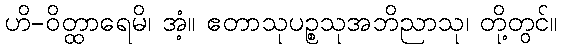
ဟိ-ဝိတ္ထာရေမိ၊ အံ့။ ဧတာသုပဉ္စသုအဘိညာသု၊ တို့တွင်။